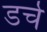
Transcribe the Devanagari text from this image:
डर्च